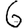
Digit: 6